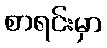
စာရင်းမှာ